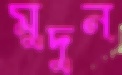
মুদুন